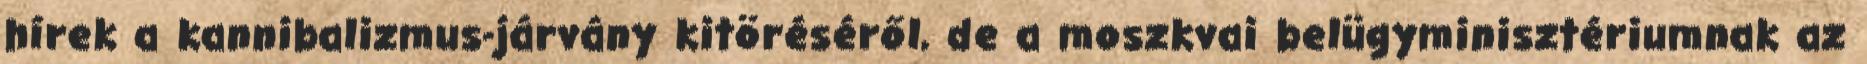
hírek a kannibalizmus-járvány kitöréséről, de a moszkvai belügyminisztériumnak az